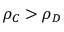
\rho _ { C } > \rho _ { D }